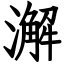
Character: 澥